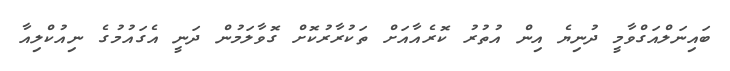
ބައިނަލްއަގްވާމީ ދުނިޔެ އިން އުތުރު ކޮރެއާއަށް ތަކުރާރުކޮށް ގޮވާލަމުން ދަނީ އެގައުމުގެ ނިއުކްލިއާ